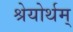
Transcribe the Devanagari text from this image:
श्रेयोर्थम्‌